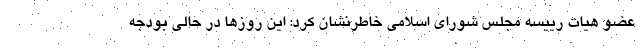
عضو هیات رییسه مجلس شورای اسلامی خاطرنشان کرد: این روزها در حالی بودجه